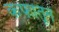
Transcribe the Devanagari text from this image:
कफातून